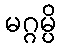
မဂ္ဂမ္ပိ